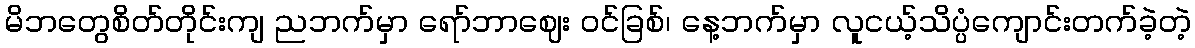
မိဘတွေစိတ်တိုင်းကျ ညဘက်မှာ ရော်ဘာဈေး ဝင်ခြစ်၊ နေ့ဘက်မှာ လူငယ့်သိပ္ပံကျောင်းတက်ခဲ့တဲ့